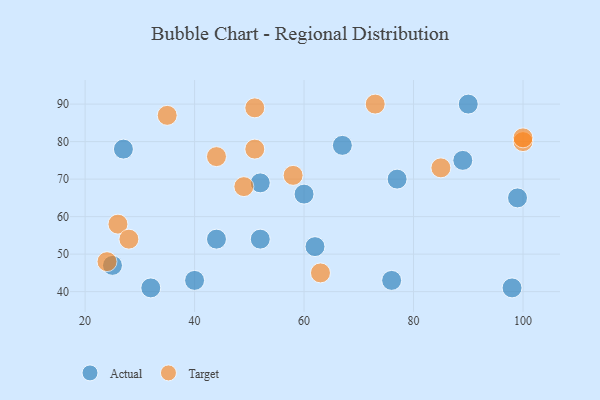
{"axis": {"x": "GDP", "y": "Life Expectancy"}, "legend": ["Actual", "Target"], "data": [{"x": "40", "y": 43, "type": "Actual"}, {"x": "90", "y": 90, "type": "Actual"}, {"x": "76", "y": 43, "type": "Actual"}, {"x": "67", "y": 79, "type": "Actual"}, {"x": "32", "y": 41, "type": "Actual"}, {"x": "99", "y": 65, "type": "Actual"}, {"x": "44", "y": 54, "type": "Actual"}, {"x": "60", "y": 66, "type": "Actual"}, {"x": "27", "y": 78, "type": "Actual"}, {"x": "25", "y": 47, "type": "Actual"}, {"x": "77", "y": 70, "type": "Actual"}, {"x": "89", "y": 75, "type": "Actual"}, {"x": "62", "y": 52, "type": "Actual"}, {"x": "52", "y": 69, "type": "Actual"}, {"x": "52", "y": 54, "type": "Actual"}, {"x": "98", "y": 41, "type": "Actual"}, {"x": "24", "y": 48, "type": "Target"}, {"x": "100", "y": 80, "type": "Target"}, {"x": "26", "y": 58, "type": "Target"}, {"x": "73", "y": 90, "type": "Target"}, {"x": "51", "y": 89, "type": "Target"}, {"x": "44", "y": 76, "type": "Target"}, {"x": "28", "y": 54, "type": "Target"}, {"x": "51", "y": 78, "type": "Target"}, {"x": "63", "y": 45, "type": "Target"}, {"x": "100", "y": 81, "type": "Target"}, {"x": "58", "y": 71, "type": "Target"}, {"x": "49", "y": 68, "type": "Target"}, {"x": "35", "y": 87, "type": "Target"}, {"x": "85", "y": 73, "type": "Target"}]}